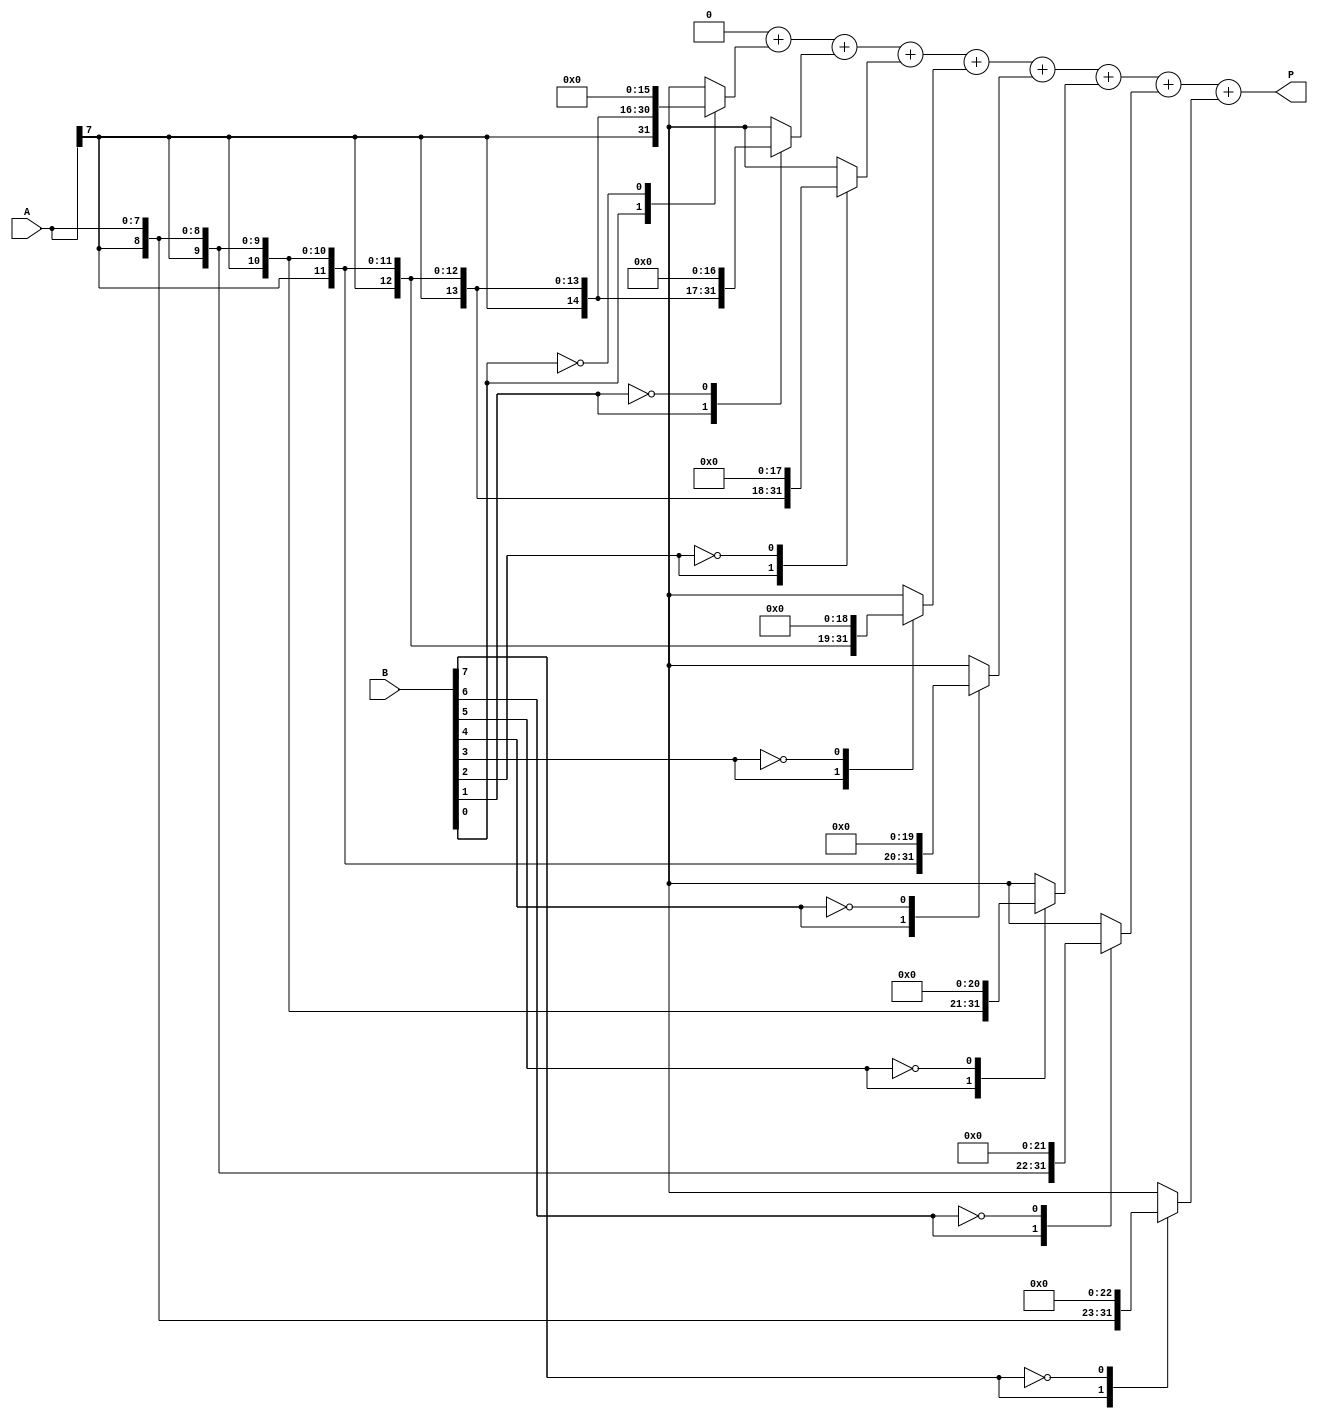
module csd_multiplier #(parameter WIDTH = 8)(
    input signed [WIDTH-1:0] A, // First operand in CSD format
    input signed [WIDTH-1:0] B, // Second operand in CSD format
    output reg signed [2*WIDTH-1:0] P // Product output
);

    reg signed [2*WIDTH-1:0] partial_product[0:WIDTH-1]; // Array for partial products
    integer i;

    always @(*) begin
        // Initialize product
        P = 0;

        // Generate partial products based on CSD digits in B
        for (i = 0; i < WIDTH; i = i + 1) begin
            case (B[i])
                1: partial_product[i] = A << i; // If CSD digit is 1, shift A left by i
                -1: partial_product[i] = -A << i; // If CSD digit is -1, shift -A left by i
                0: partial_product[i] = 0; // If CSD digit is 0, no action
                default: partial_product[i] = 0; // Default case
            endcase
        end

        // Accumulate partial products
        for (i = 0; i < WIDTH; i = i + 1) begin
            P = P + partial_product[i]; // Sum all partial products
        end
    end
endmodule